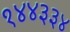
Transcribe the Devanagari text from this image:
१४४३३४